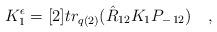
LaTeX: \begin{align*}K_{1}^{\epsilon} = [2] tr_{q(2)} ( \hat{R}_{12} K_{1} P_{-\,12}) \quad,\end{align*}